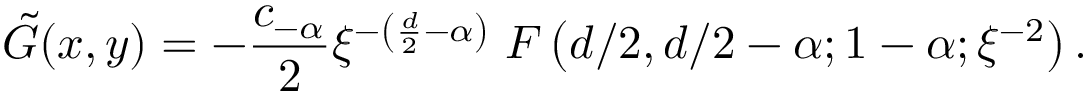
\tilde { G } ( x , y ) = - \frac { c _ { - \alpha } } 2 \xi ^ { - \left( \frac { d } 2 - \alpha \right) } \; F \left( d / 2 , d / 2 - \alpha ; 1 - \alpha ; \xi ^ { - 2 } \right) .